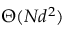
\Theta ( N d ^ { 2 } )